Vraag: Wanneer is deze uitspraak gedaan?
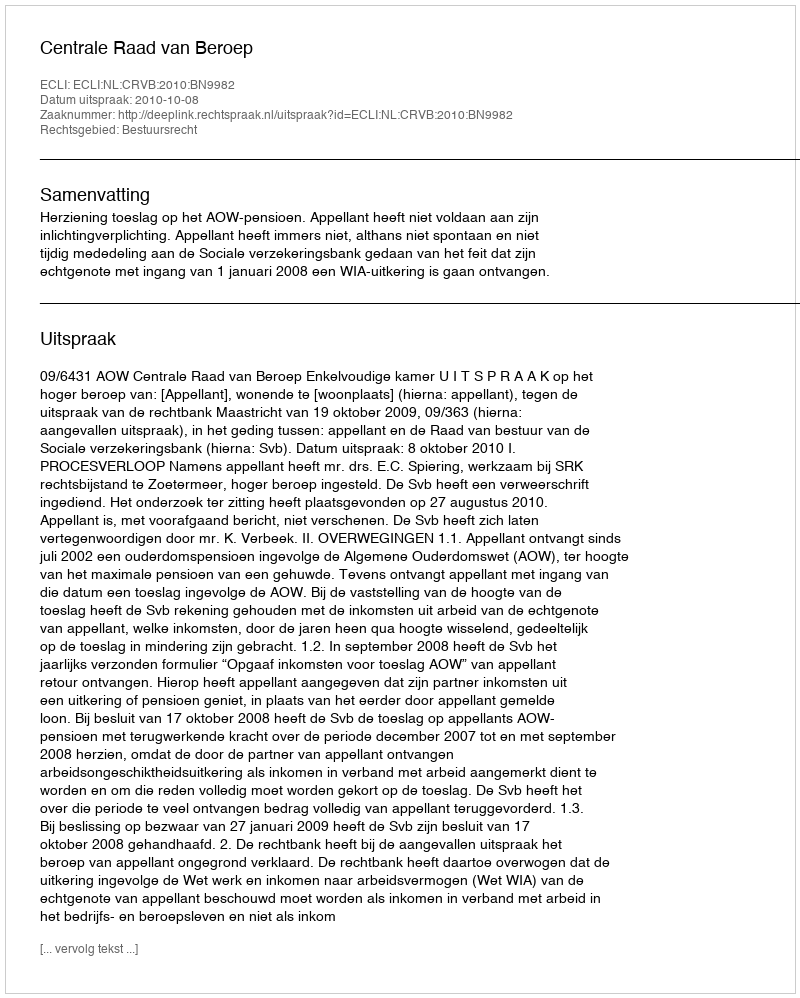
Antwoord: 2010-10-08